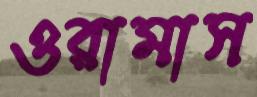
ওরামাস